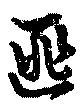
匪